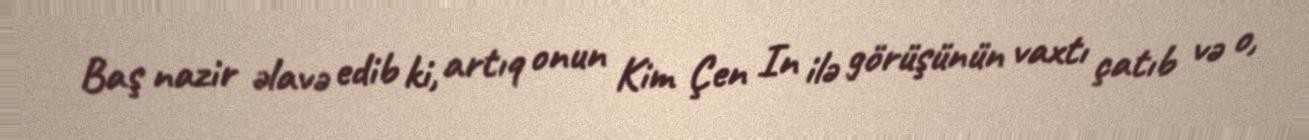
Baş nazir əlavə edib ki, artıq onun Kim Çen In ilə görüşünün vaxtı çatıb və o,